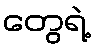
တွေရဲ့